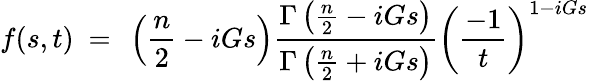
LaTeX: f(s,t)~=~\left(\frac{n}{2}-iGs\right)\frac{\Gamma\left(\frac{n}{2}-iGs\right)}{\Gamma\left(\frac{n}{2}+iGs\right)}\left(\frac{-1}{t}\right)^{1-iGs}